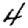
Digit: 4